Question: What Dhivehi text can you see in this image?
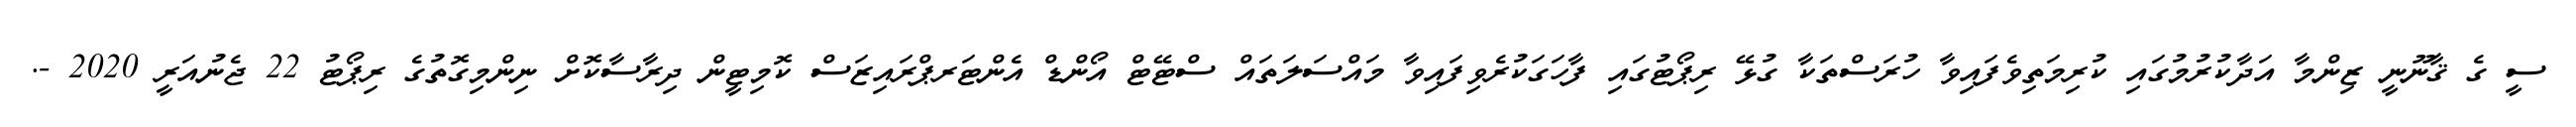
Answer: ސީ ގެ ޤާނޫނީ ޒިންމާ އަދާކުރުމުގައި ކުރިމަތިވެފައިވާ ހުރަސްތަކާ ގުޅޭ ރިޕޯޓުގައި ފާހަގަކުރެވިފައިވާ މައްސަލަތައް ސްޓޭޓް އޯންޑް އެންޓަރޕްރައިޒަސް ކޮމިޓީން ދިރާސާކޮށް ނިންމިގޮތުގެ ރިޕޯޓު 22 ޖެނުއަރީ 2020 -.